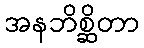
အနဘိစ္ဆိတာ